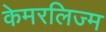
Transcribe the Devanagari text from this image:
केमरलिज्म